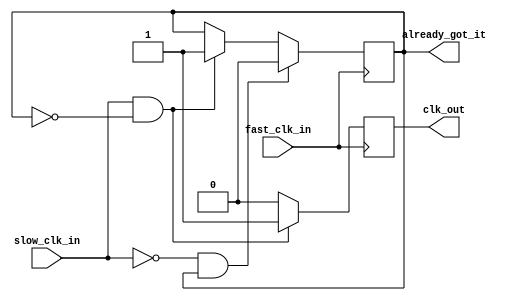
module ClkEnGenerator(fast_clk_in, slow_clk_in, clk_out, already_got_it);
	input	fast_clk_in;
	input	slow_clk_in;
	output	reg	clk_out;
	
	output reg		already_got_it;
	
	initial begin
		already_got_it <= 1'b0;
	end
	
	always @ (posedge fast_clk_in) begin
		if(slow_clk_in == 1'b1 && !already_got_it) begin
			clk_out		   <= 1'b1;
			already_got_it <= 1'b1;
		end else begin
			clk_out 	   <= 1'b0;
		end
		if(slow_clk_in == 1'b0 && already_got_it) begin
			already_got_it <= 1'b0;
		end
	end
endmodule